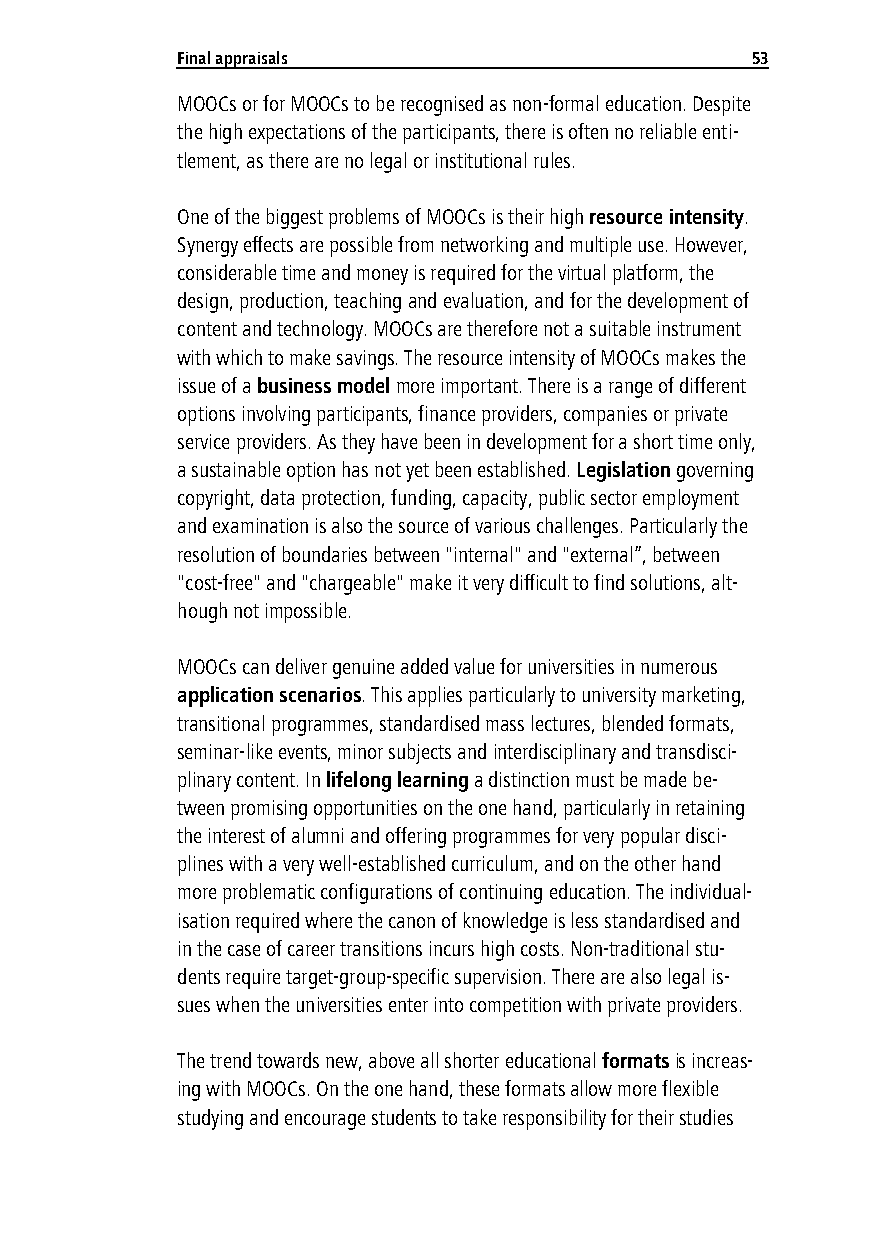
Final appraisals                      53
 MOOCs or for MOOCs to be recognised as non-formal education. Despite
 the high expectations of the participants, there is often no reliable enti-
 tlement, as there are no legal or institutional rules.
 One of the biggest problems of MOOCs is their high resource intensity.
 Synergy effects are possible from networking and multiple use. However,
 considerable time and money is required for the virtual platform, the
 design, production, teaching and evaluation, and for the development of
 content and technology. MOOCs are therefore not a suitable instrument
 with which to make savings. The resource intensity of MOOCs makes the
 issue of a business model more important. There is a range of different
 options involving participants, finance providers, companies or private
 service providers. As they have been in development for a short time only,
 a sustainable option has not yet been established. Legislation governing
 copyright, data protection, funding, capacity, public sector employment
 and examination is also the source of various challenges. Particularly the
 resolution of boundaries between "internal" and "external”, between
 "cost-free" and "chargeable" make it very difficult to find solutions, alt-
 hough not impossible.
 MOOCs can deliver genuine added value for universities in numerous
 application scenarios. This applies particularly to university marketing,
 transitional programmes, standardised mass lectures, blended formats,
 seminar-like events, minor subjects and interdisciplinary and transdisci-
 plinary content. In lifelong learning a distinction must be made be-
 tween promising opportunities on the one hand, particularly in retaining
 the interest of alumni and offering programmes for very popular disci-
 plines with a very well-established curriculum, and on the other hand
 more problematic configurations of continuing education. The individual-
 isation required where the canon of knowledge is less standardised and
 in the case of career transitions incurs high costs. Non-traditional stu-
 dents require target-group-specific supervision. There are also legal is-
 sues when the universities enter into competition with private providers.
 The trend towards new, above all shorter educational formats is increas-
 ing with MOOCs. On the one hand, these formats allow more flexible
 studying and encourage students to take responsibility for their studies